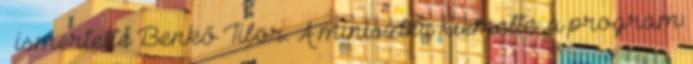
– ismertette Benkő Tibor. A miniszter kiemelte: a program